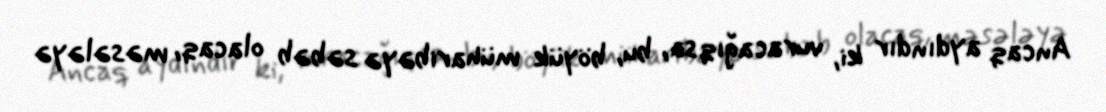
Ancaq aydındır ki, vuracağıqsa, bu, böyük müharibəyə səbəb olacaq, məsələyə